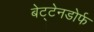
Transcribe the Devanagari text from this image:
बेट्टेनडोर्फ